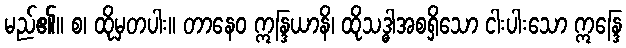
မည်၏။ စ၊ ထိုမှတပါး။ တာနေဝ ဣန္ဒြယာနိ၊ ထိုသဒ္ဓါအစရှိသော ငါးပါးသော ဣန္ဒြေ